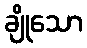
ချိုသော